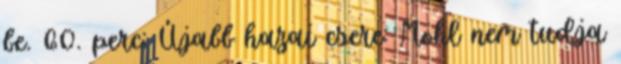
be. 60. perc: Újabb hazai csere: Mohl nem tudja